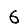
Digit: 6